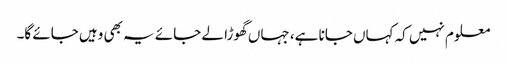
معلوم نہیں کہ کہاں جانا ہے، جہاں گھوڑا لے جائے یہ بھی وہیں جائے گا۔